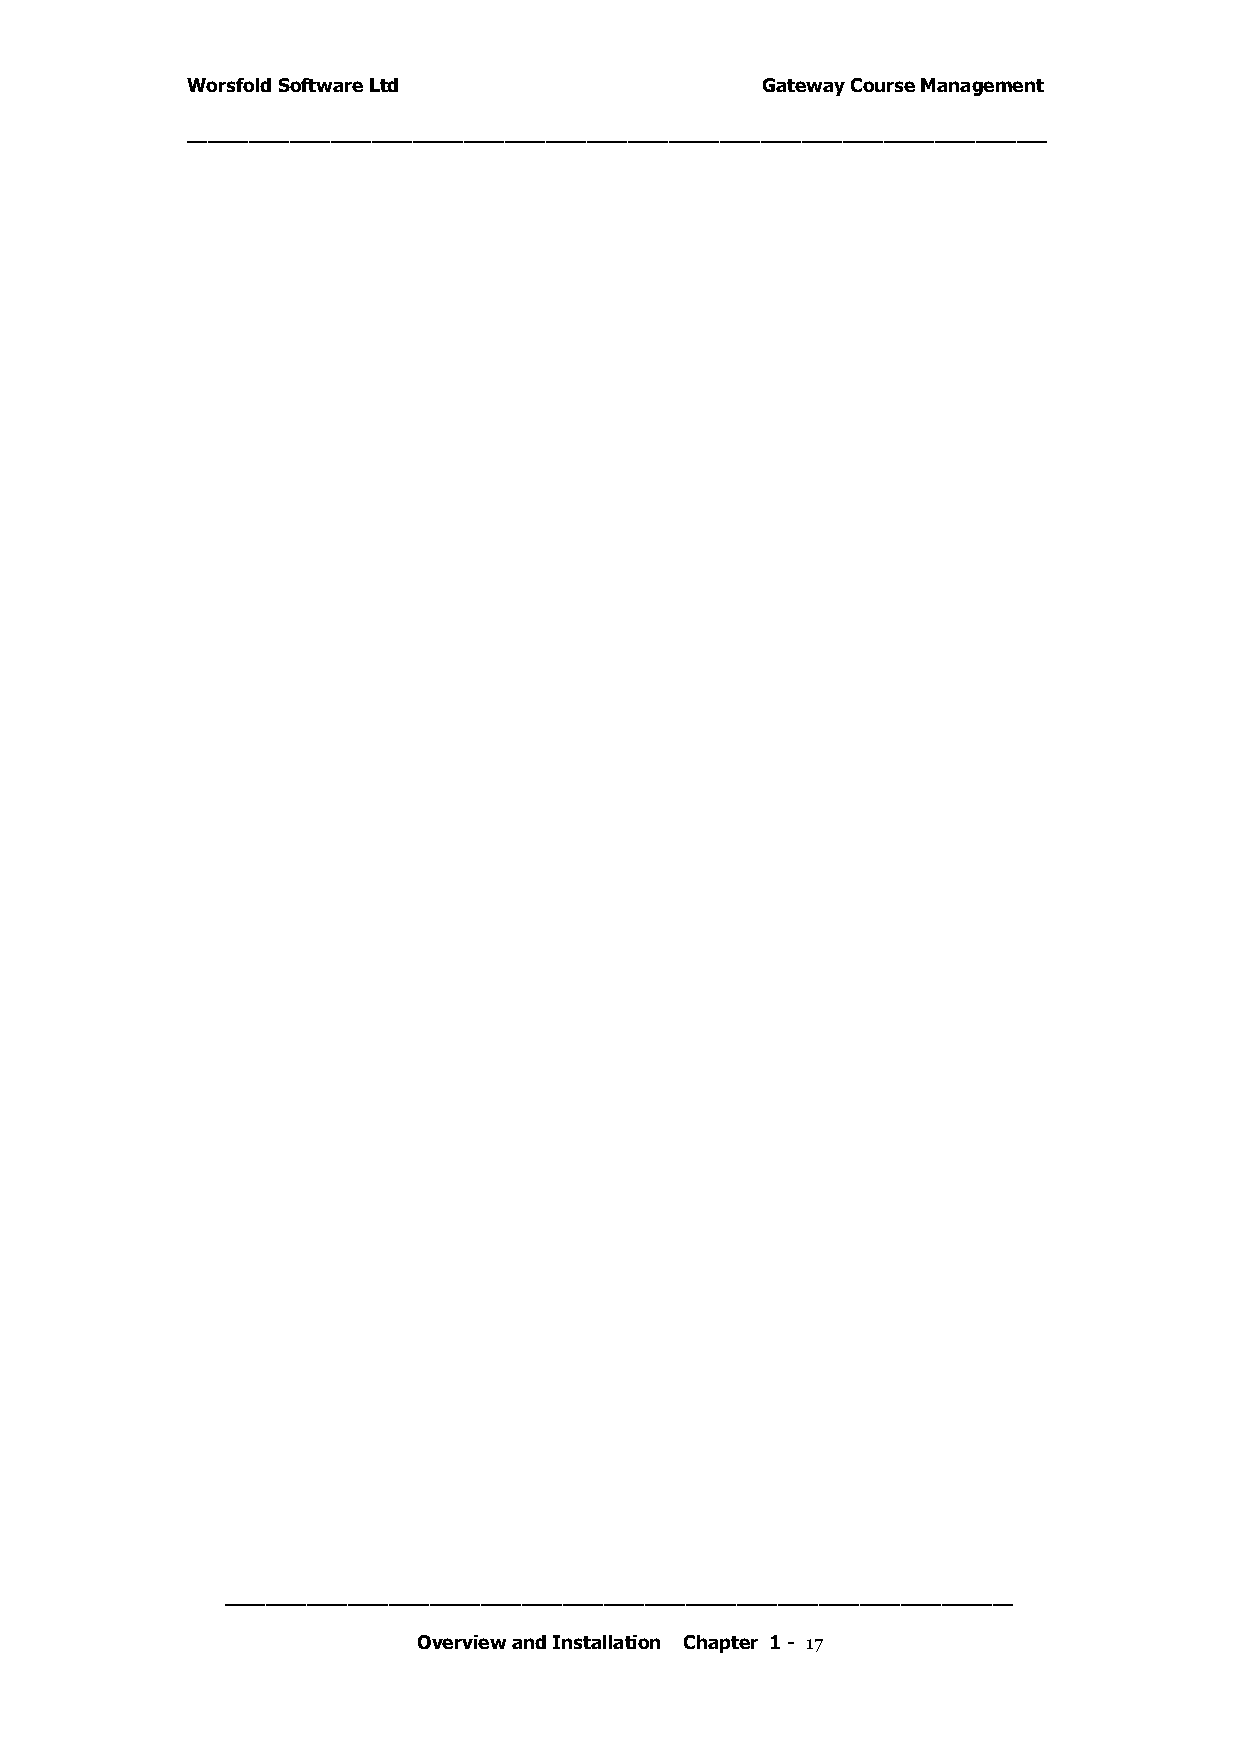
Worsfold Software Ltd                 Gateway Course Management
 ____________________________________________________________________________________
 _____________________________________________________________________________
 Overview and Installation Chapter 1 - 17